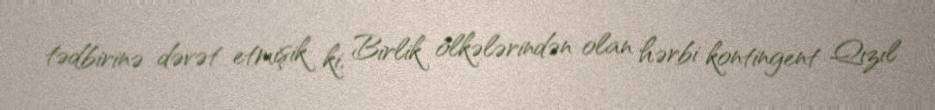
tədbirinə dəvət etmişik ki, Birlik ölkələrindən olan hərbi kontingent Qızıl